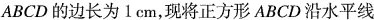
ABCD的边长为1cm，现将正方形ABCD沿水平线